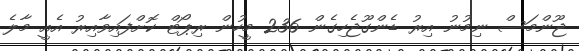
ޖޫންމަސް ނިމުނު އިރު ޑެންގޫޖެހިގެން 236 މީހުން ރިޕޯޓް ކޮށްފައިވާއިރު އެއީ މާލެ